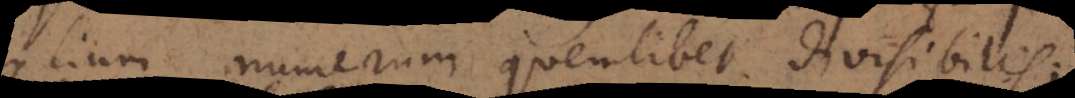
alium numerum quemlibet divisibilis;